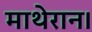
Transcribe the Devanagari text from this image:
माथेरान।